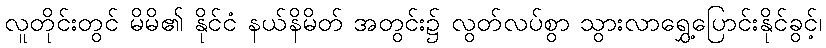
လူတိုင်းတွင် မိမိ၏ နိုင်ငံ နယ်နိမိတ် အတွင်း၌ လွတ်လပ်စွာ သွားလာရွှေ့ပြောင်းနိုင်ခွင့်၊